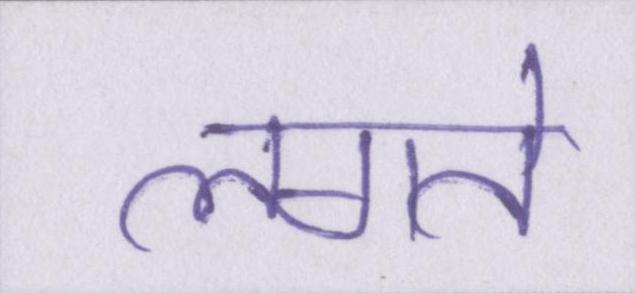
लगते